Annual report on the Civil Veterinary Department, Burma (including the Insein Veterinary School) - 1910-1922
Year: 1910
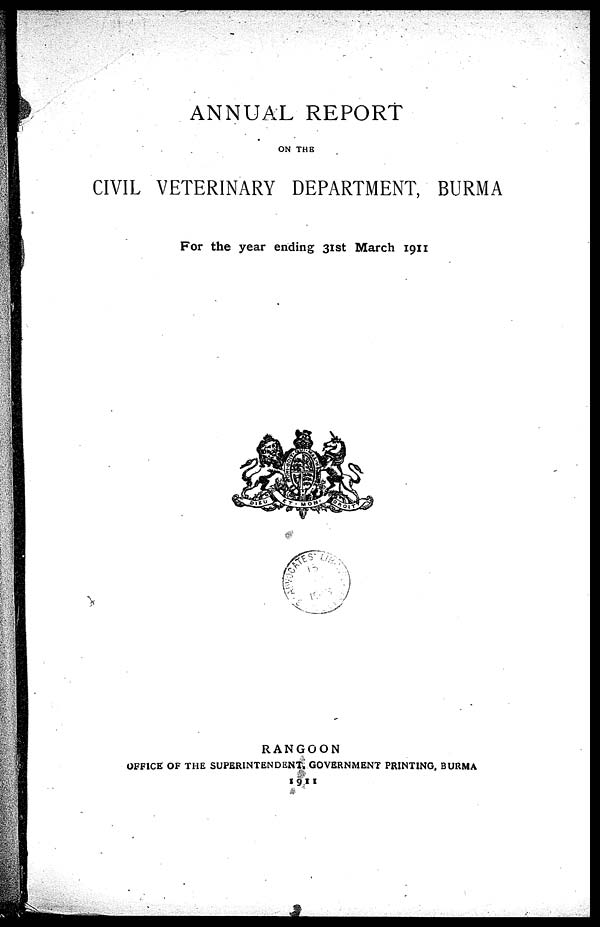
ANNUAL REPORT
ON THE
CIVIL VETERINARY DEPARTMENT, BURMA
For the year ending 31st March 1911
RANGOON
OFFICE OF THE SUPERINTENDENT, GOVERNMENT PRINTING, BURMA
1911